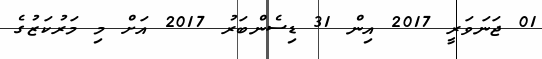
01 ޖަނަވަރީ 2017 އިން 31 ޑިސެންބަރު 2017 އަށް މި މަރުކަޒުގެ